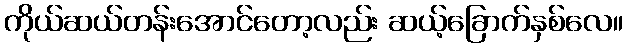
ကိုယ်ဆယ်တန်းအောင်တော့လည်း ဆယ့်ခြောက်နှစ်လေ။